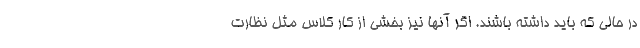
در حالی که باید داشته باشند. اگر آنها نیز بخشی از کار کلاس مثل نظارت